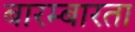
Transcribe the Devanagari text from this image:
बारम्‍बारता